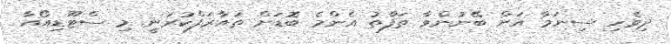
ދިވެހި ސިނަމާ އަށް ބޭނުންވާ ތަފާތު އެންމެ ބޮޑަށް ތައާރަފްކުރަނީ މި ސްޓޫޑިއޯއާ